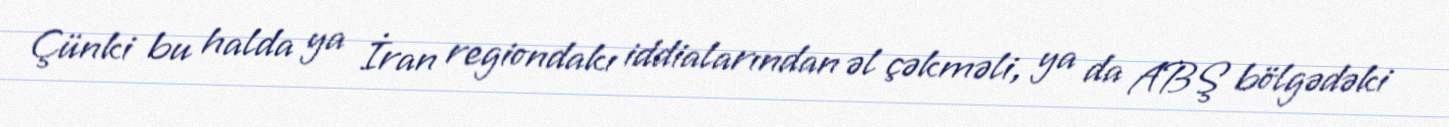
Çünki bu halda ya İran regiondakı iddialarından əl çəkməli, ya da ABŞ bölgədəki